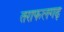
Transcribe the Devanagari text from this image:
तराफलगढ़